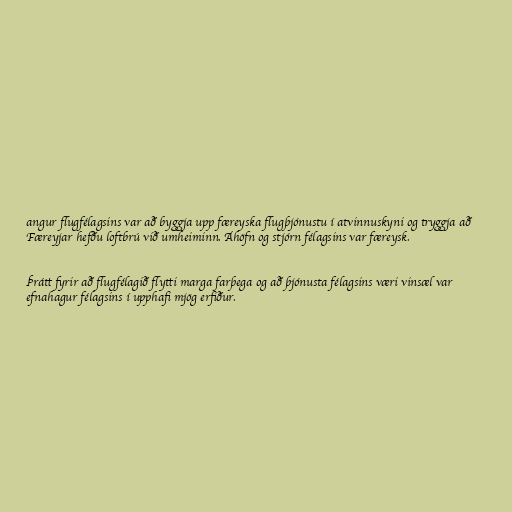
angur flugfélagsins var að byggja upp færeyska flugþjónustu í atvinnuskyni og tryggja að
Færeyjar hefðu loftbrú við umheiminn. Áhöfn og stjórn félagsins var færeysk.

Þrátt fyrir að flugfélagið flytti marga farþega og að þjónusta félagsins væri vinsæl var
efnahagur félagsins í upphafi mjög erfiður.